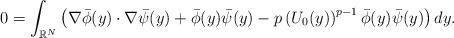
LaTeX: \begin{align*}\begin{aligned} 0&=\int_{\mathbb{R}^N}\left( \nabla\bar{\phi}(y)\cdot \nabla {\bar\psi}( y)+ \bar{\phi}(y){\bar\psi}( y) - p \left(U_0(y)\right)^{p-1} \bar{\phi}(y){\bar\psi}(y)\right)dy.\end{aligned}\end{align*}